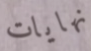
نهايات